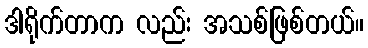
ဒါရိုက်တာက လည်း အသစ်ဖြစ်တယ်။